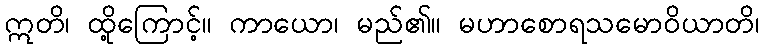
ဣတိ၊ ထို့ကြောင့်။ ကာယော၊ မည်၏။ မဟာစောရသမောဝိယာတိ၊